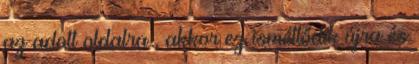
az adott oldalra , akkor ez ismétlődik újra és